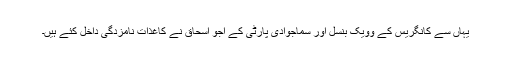
یہاں سے کانگریس کے وویک بنسل اور سماجوادی پارٹی کے اجو اسحاق نے کاغذات نامزدگی داخل کئے ہیں۔